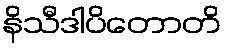
နိသီဒါပိတောတိ